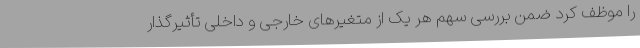
را موظف کرد ضمن بررسی سهم هر یک از متغیرهای خارجی و داخلی تأثیرگذار